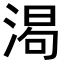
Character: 𬈌